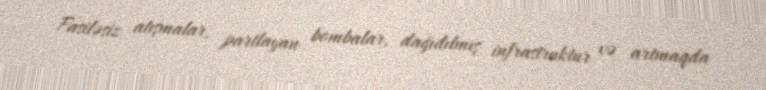
Fasiləsiz atışmalar, partlayan bombalar, dağıdılmış infrastruktur və artmaqda